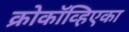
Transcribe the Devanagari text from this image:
क्रोकॉव्हिएका